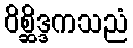
ဝိစ္ဆိဒ္ဒကသညံ